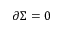
\partial \Sigma = 0